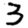
Digit: 3